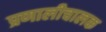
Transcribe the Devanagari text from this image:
प्रणालीचालक